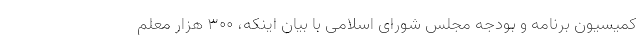
کمیسیون برنامه و بودجه مجلس شورای اسلامی با بیان اینکه، 300 هزار معلم